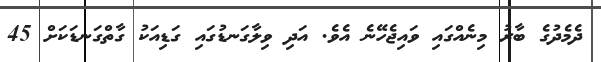
ދެމެދުގެ ބާރު މިނެއްގައި ވައިޖެހޭނެ އެވެ. އަދި ވިލާގަނޑުގައި ގަޑިއަކު ގާތްގަނޑަކަށް 45